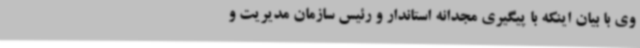
وی با بیان اینکه با پیگیری مجدانه استاندار و رئیس سازمان مدیریت و